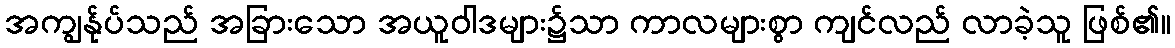
အကျွန်ုပ်သည် အခြားသော အယူဝါဒများ၌သာ ကာလများစွာ ကျင်လည် လာခဲ့သူ ဖြစ်၏။